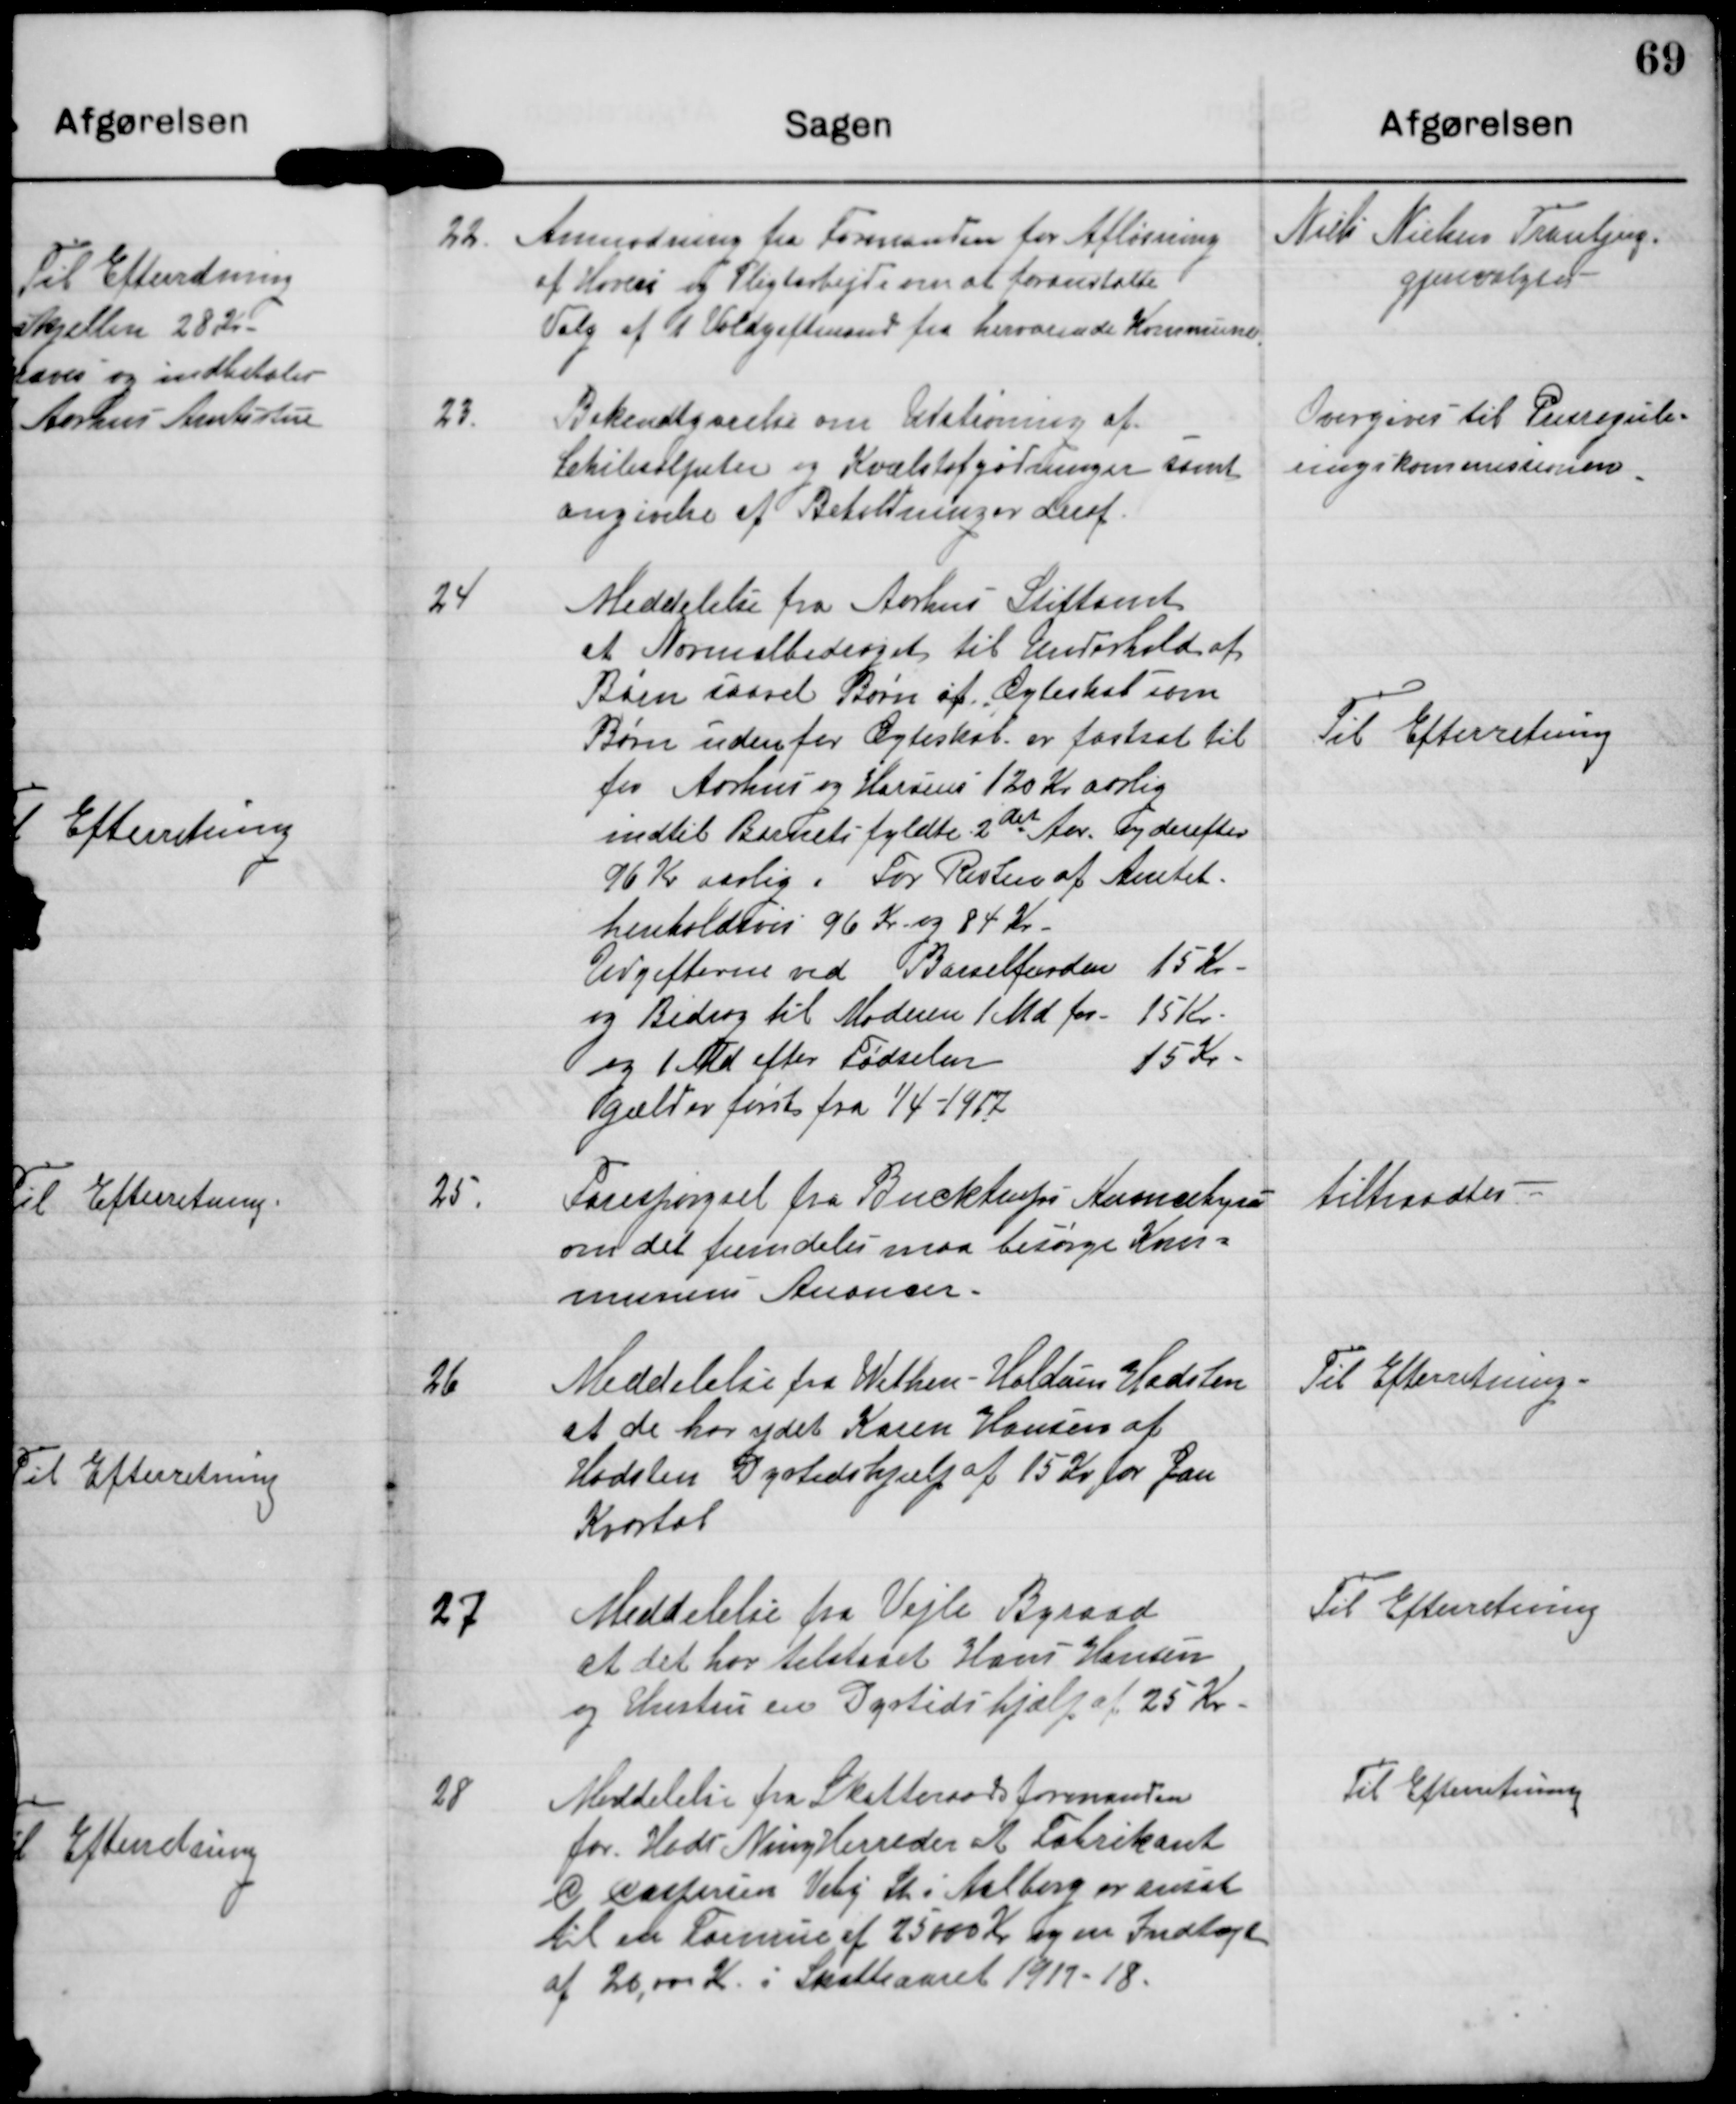
Transskription:
22. Anmodning fra Formanden for Afløsning
af Hoveri og Pligtarbejde om at foranstalte
Valg af 1 Voldgiftsmand fra herværende Kommune

Niels Nielsen Tranbjerg
gjenvalgtes

23. Bekendtgørelse om Udstrøning af
Chilesalpeter og Kvælstofgødninger samt
angivelse af Betaltningen deraf.

Overgives til Prisregule-
ringskommisionen

24 Meddelelse fra Aarhus stiftamt
at Normalbidraget til Underhold af
Børn saavel Børn af Ægteskab som
Børn udenfor Ægteskab er fastsat til
for Aarhus og Horsens 120 Kr aarlig
indtil Barnets fyldt 2det Aar og derefter
96 Kr aarlig. For Resten af Amtet
henholdsvis 96 Kr og 84 Kr.
Udgifterne ved Barselfonden 15 Kr.
og Bidrag til Moderen / Md for 15 Kr.
og 1 Md efter Fødselen 15 Kr.
gælder først fra 1/4-1917

Til Efterretning

25. Forespørgsel fra Bucktrup Anoncebyro
om det fremdeles maa besørge Kom-
munens Anoncer.

tiltraadtes

26 Meddelelse fra Withen-Haldum Hadsten
at de har ydet Karen Hansen af
Hadsten Dyrtidshjælp af 15 Kr for Jan
Kvartal

Til Efterretning

27 Meddelelse fra Vejle Byraad
at det har tilstaaet Hans Hansen
og Hustru en Dyrtidshjælp af 25 Kr.

Til Efterretning

28 Meddelelse fra Skatteraadsformanden
for Hads Ning Herreder at Fabrikant
C Caspersen Viby St i Aalborg er ansat
til en Formue af 25000 Kr og en Indtægt
af 26,000 Kr i Skatteaaret 1917-18.

Til Efterretning